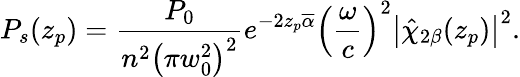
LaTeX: P_{s}(z_{p})=\frac{P_{0}}{{n^{2}\left(\pi w_{0}^{2}\right)^{2}}}e^{-2z_{p}\overline{{\alpha}}}\left(\frac{\omega}{c}\right)^{2}\left|\hat{\chi}_{2\beta}(z_{p})\right|^{2}.